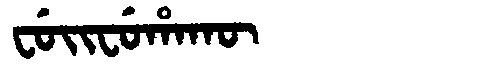
Manchu: ᠸᡠᡳᠸᡠᡥᠠᡴᡡ
Romanization: FUIFUHAKŪ